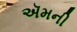
ઍમની